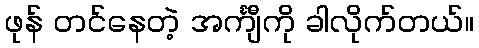
ဖုန် တင်နေတဲ့ အင်္ကျီကို ခါလိုက်တယ်။